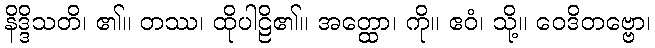
နိဒ္ဒိသတိ၊ ၏။ တဿ၊ ထိုပါဠိ၏။ အတ္ထော၊ ကို။ ဧဝံ၊ သို့။ ဝေဒိတဗ္ဗော၊